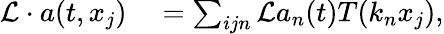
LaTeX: \begin{array}{rl}{\mathcal{L}\cdot a(t,x_{j})}&{{}=\sum_{ijn}\mathcal{L}a_{n}(t)T(k_{n}x_{j}),}\end{array}